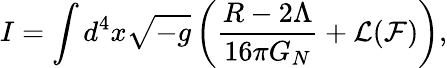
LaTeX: I=\int d^{4}x\sqrt{-g}\left(\frac{R-2\Lambda}{16\pi G_{N}}+\mathcal{L}(\mathcal{F})\right),